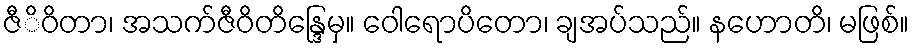
ဇီိဝိတာ၊ အသက်ဇီဝိတိန္ဒြေမှ။ ဝေါရောပိတော၊ ချအပ်သည်။ နဟောတိ၊ မဖြစ်။